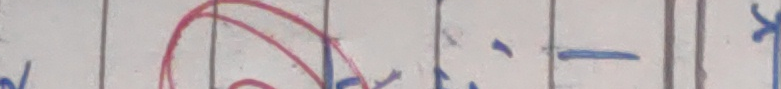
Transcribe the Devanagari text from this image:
६